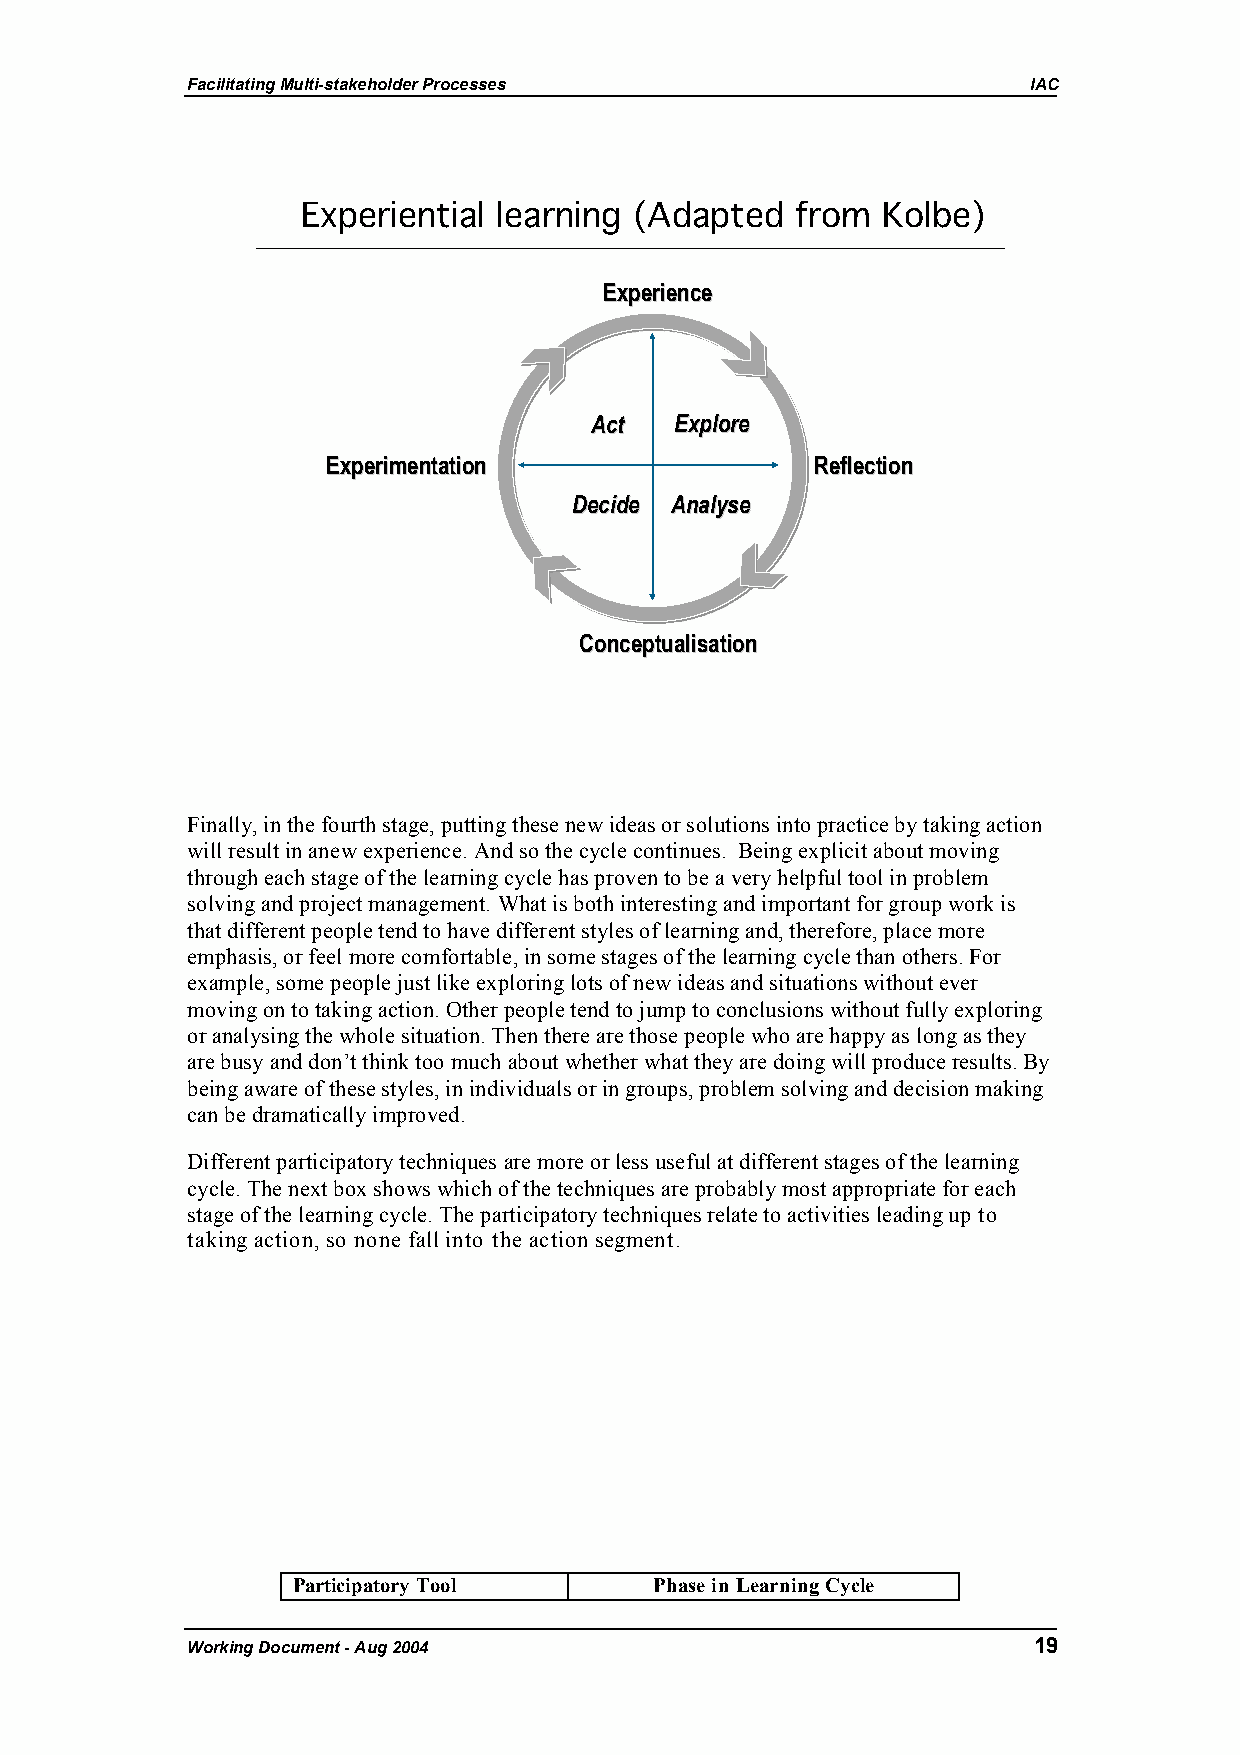
Facilitating Multi-stakeholder Processes                IAC
 Experiential learning (Adapted   from Kolbe)
 EExxppeerriieennccee
 AAcctt EExxpplloorree
 EExxppeerriimmeennttaattiioonn  RReefflleeccttiioonn
 DDeecciiddee AAnnaallyyssee
 CCoonncceeppttuuaalliissaattiioonn
 Finally, in the fourth stage, putting these new ideas or solutions into practice by taking action
 will result in anew experience. And so the cycle continues. Being explicit about moving
 through each stage of the learning cycle has proven to be a very helpful tool in problem
 solving and project management. What is both interesting and important for group work is
 that different people tend to have different styles of learning and, therefore, place more
 emphasis, or feel more comfortable, in some stages of the learning cycle than others. For
 example, some people just like exploring lots of new ideas and situations without ever
 moving on to taking action. Other people tend to jump to conclusions without fully exploring
 or analysing the whole situation. Then there are those people who are happy as long as they
 are busy and don’t think too much about whether what they are doing will produce results. By
 being aware of these styles, in individuals or in groups, problem solving and decision making
 can be dramatically improved.
 Different participatory techniques are more or less useful at different stages of the learning
 cycle. The next box shows which of the techniques are probably most appropriate for each
 stage of the learning cycle. The participatory techniques relate to activities leading up to
 taking action, so none fall into the action segment.
 Participatory Tool      Phase in Learning Cycle
 Working Document - Aug 2004                             19